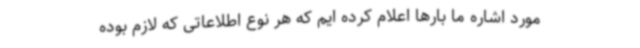
مورد اشاره ما بارها اعلام کرده ایم که هر نوع اطلاعاتی که لازم بوده